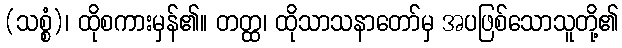
(သစ္စံ)၊ ထိုစကားမှန်၏။ တတ္ထ၊ ထိုသာသနာတော်မှ အပဖြစ်သောသူတို့၏